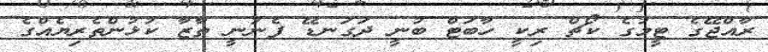
ރާއްޖޭގެ ޓީމުގެ ކޯޗް ރިކީ ހާބަޓް ބުނީ ދަގަނޑޭ ފެނުނީ ތާޒާ ކުޅުންތެރިޔެއްގެ